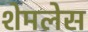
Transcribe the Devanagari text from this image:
शेमलेस